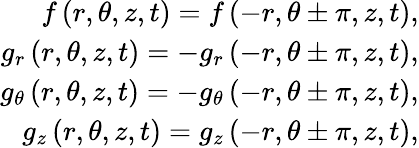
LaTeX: \begin{array}{r}{f\left(r,\theta,z,t\right)=f\left(-r,\theta\pm\pi,z,t\right),}\\ {g_{r}\left(r,\theta,z,t\right)=-g_{r}\left(-r,\theta\pm\pi,z,t\right),}\\ {g_{\theta}\left(r,\theta,z,t\right)=-g_{\theta}\left(-r,\theta\pm\pi,z,t\right),}\\ {g_{z}\left(r,\theta,z,t\right)=g_{z}\left(-r,\theta\pm\pi,z,t\right),}\end{array}